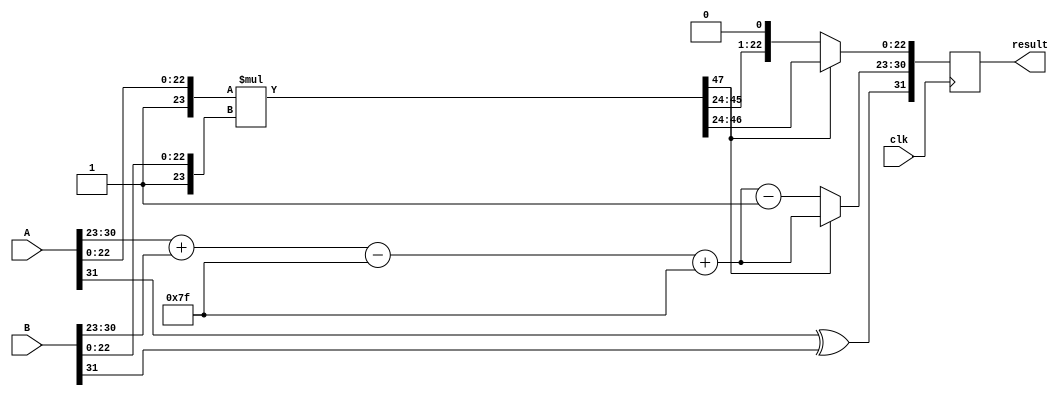
module radix4_fp_multiplier (
    input wire clk,
    input wire [31:0] A, // Input A (IEEE 754 single precision)
    input wire [31:0] B, // Input B (IEEE 754 single precision)
    output reg [31:0] result // Output Result (IEEE 754 single precision)
);

    // Constants
    parameter BIAS = 127;

    // Extract sign, exponent, and mantissa from inputs
    wire A_sign = A[31];
    wire [7:0] A_exponent = A[30:23];
    wire [23:0] A_mantissa = {1'b1, A[22:0]}; // Include the implicit 1
    wire B_sign = B[31];
    wire [7:0] B_exponent = B[30:23];
    wire [23:0] B_mantissa = {1'b1, B[22:0]}; // Include the implicit 1

    // Result sign
    wire result_sign = A_sign ^ B_sign;

    // Exponent computation
    wire [8:0] exp_sum = {1'b0, A_exponent} + {1'b0, B_exponent} - BIAS; // Use 9 bits to prevent overflow
    wire [7:0] result_exponent = exp_sum[7:0] + BIAS; // add bias back

    // Mantissa multiplication using Radix-4 Booth Algorithm
    wire [47:0] partial_product; // This can be more than 32 bits
    wire [24:0] product;
    
    // Radix-4 Booth encoding and calculation
    // Logic for Radix-4 Booth multiplication goes here (implementing encoder and compressor)
    // For simplicity, we're just directly multiplying the mantissas (not Radix-4 optimized yet)
    assign partial_product = A_mantissa * B_mantissa;

    // If the resulting product is greater than 24 bits, adjust it
    wire [23:0] final_mantissa = partial_product[47:24]; // Get the upper bits for the mantissa

    // Normalization logic (this is a simplified example)
    reg [23:0] normalized_mantissa;
    reg [7:0] normalized_exponent;
    initial begin
        normalized_mantissa = final_mantissa;
        normalized_exponent = result_exponent;

        // Normalize and adjust the exponent if necessary
        if (final_mantissa[23]) begin // If mantissa >= 1
            // No action needed, already normalized
        end else begin // If mantissa < 1
            normalized_mantissa = final_mantissa << 1; // Left shift
            normalized_exponent = normalized_exponent - 1; // Decrement exponent
        end
    end

    // Output the result (concatenating sign, exponent, and mantissa)
    always @(posedge clk) begin
        result <= {result_sign, normalized_exponent, normalized_mantissa[22:0]};
    end

endmodule